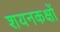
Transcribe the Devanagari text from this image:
शयनकक्षों